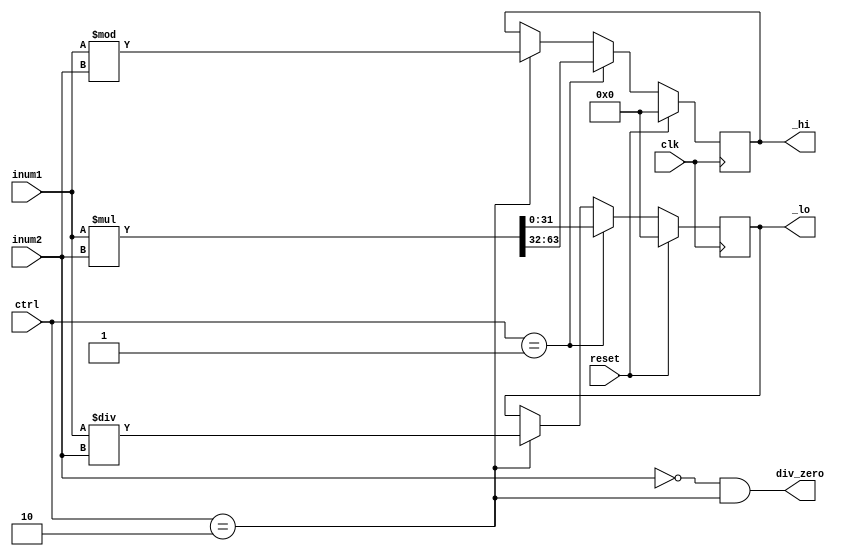
`timescale 1ns / 1ps
//////////////////////////////////////////////////////////////////////////////////
// Company: 
// Engineer: 
// 
// Design Name: 
// Module Name: mul
// Project Name: 
// Target Devices: 
// Tool Versions: 
// Description: 
// 
// Dependencies: 
// 
// Revision:
// Revision 0.01 - File Created
// Additional Comments:
// 
//////////////////////////////////////////////////////////////////////////////////


module mul(
    input clk,
    input reset,
    input [1:0] ctrl,   //mul=1,div=2
    input [31:0] inum1,
    input [31:0] inum2,
    output [31:0] _hi,
    output [31:0] _lo,
    output div_zero
    );
    
    wire [31:0] hi;
    wire [31:0] lo;
    wire [63:0] ans;
    reg [31:0] rhi;
    reg [31:0] rlo;
    
    //div
    assign div_zero = (inum2 == 32'b0) && (ctrl == 2);
    assign hi = inum1 % inum2;
    assign lo = inum1 / inum2;
    
    //mul
    assign ans = inum1 * inum2;
    
    assign _hi = rhi;
    assign _lo = rlo;
    
    always @(posedge clk) begin
        if(reset) begin
            rhi <= 32'b0;
            rlo <= 32'b0;
        end
        else if(ctrl == 1) begin
            rhi <= ans[63:32];
            rlo <= ans[31:0];
        end
        else if(ctrl == 2) begin
            rhi <= hi;
            rlo <= lo;
        end
    end
    
endmodule